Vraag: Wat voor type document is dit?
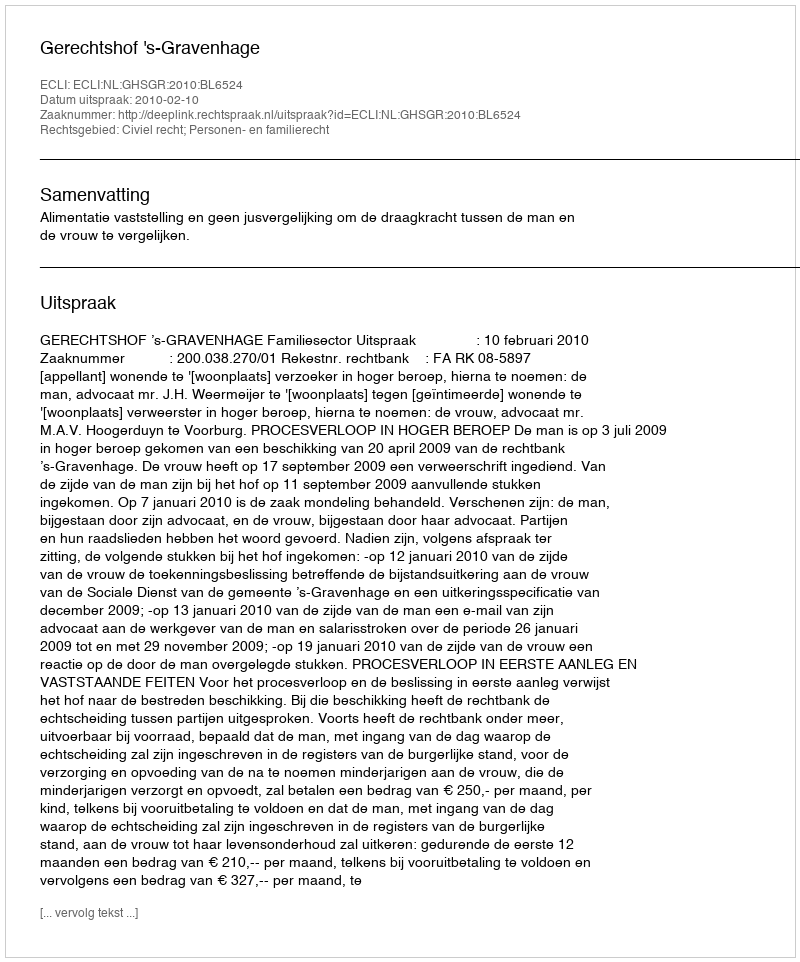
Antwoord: Uitspraak